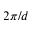
2 \pi / d